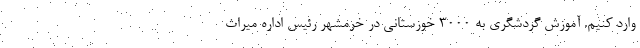
وارد کنیم. آموزش گردشگری به ۳۰۰۰ خوزستانی در خرمشهر رئیس اداره میراث